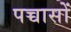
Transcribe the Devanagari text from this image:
पच्चासों